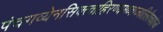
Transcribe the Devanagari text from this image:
पंचगव्येनसिक्त्वाहिरण्यमध्वाज्यतिलैश्चयोज्य